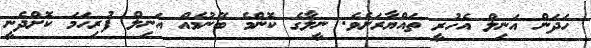
ހަދަން އަނިލް އެހުރީ ތައްޔާރަށެވެ. ނީލާގެ ކޮންމެ ބޭނުމެއް އަނިލް ފުރިހަމަ ކޮށްދެނީ